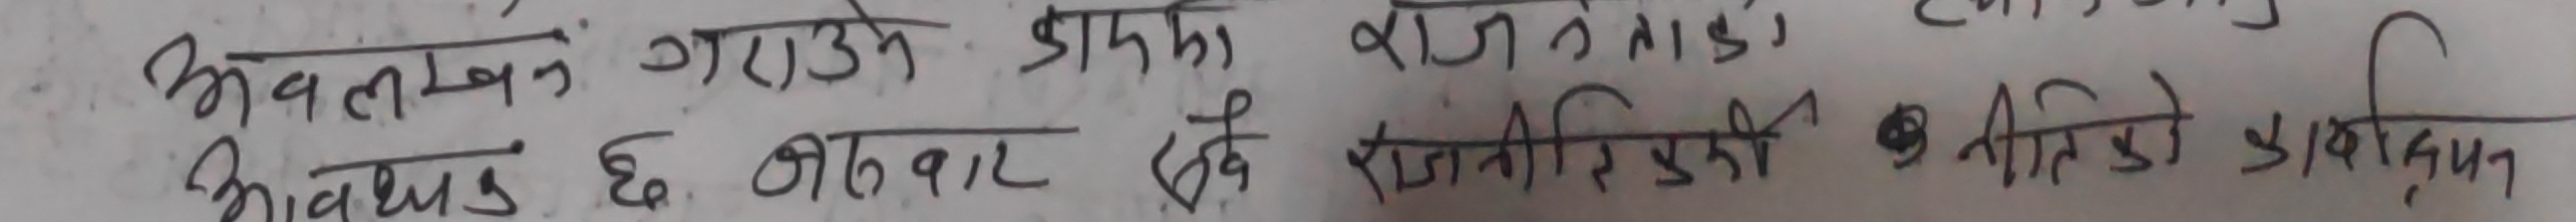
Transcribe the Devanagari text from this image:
अवलोकन गराउने प्रकारको राजनीतिक
आवश्यक छ । अथवा चाहिँ राजनीति • अन्तरिम प्रकृति